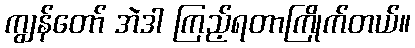
ကျွန်တော် အဲဒါ ကြည့်ရတာကြိုက်တယ်။